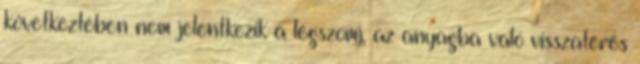
következtében nem jelentkezik a légszomj, az anyagba való visszatérés